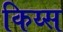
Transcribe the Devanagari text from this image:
किय्स